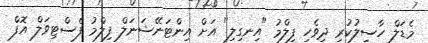
މެޑަލް ހާސިލުކުރި ދިވެހި ފިލްމު "އިނގިލި" އަށް އިންޓަނޭޝަނަލް ފިލްމު ފެސްޓިވަލް އޮފް